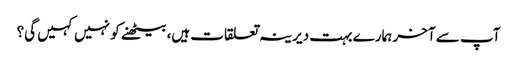
آپ سے آخر ہمارے بہت دیرینہ تعلقات ہیں، بیٹھنے کو نہیں کہیں گی؟